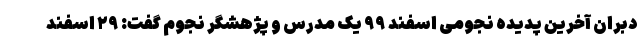
دبران آخرین پدیده نجومی اسفند ۹۹ یک مدرس و پژهشگر نجوم گفت: ۲۹ اسفند